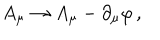
LaTeX: A _ { \mu } \to A _ { \mu } - \partial _ { \mu } \varphi \, ,